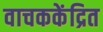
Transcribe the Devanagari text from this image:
वाचककेंद्रित